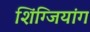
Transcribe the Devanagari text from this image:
शिंग्जियांग